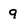
Character: 9